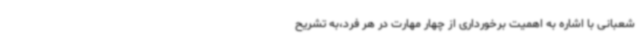
شعبانی با اشاره به اهمیت برخورداری از چهار مهارت در هر فرد،به تشریح